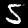
Digit: 5